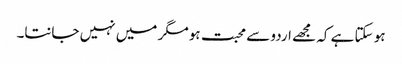
ہو سکتا ہے کہ مجھے اردو سے محبت ہو مگر میں نہیں جانتا۔